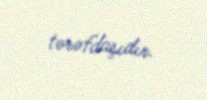
tərəfdaşıdır.